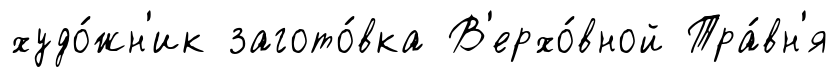
худо́жн'ик загото́вка В'ерхо́вной Тра́вн'я